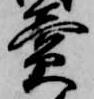
売